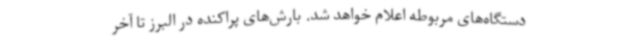
دستگاه‌های مربوطه اعلام خواهد شد. بارش‌های پراکنده در البرز تا آخر